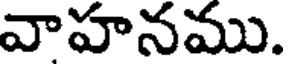
వాహనము.